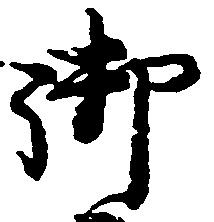
御